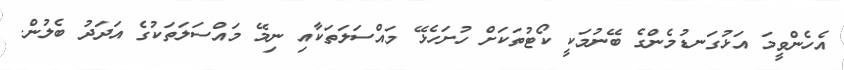
އެހެންވީމަ އަޅުގަނޑުމެންގެ ބޭނުމަކީ ކޯޓުތަކަށް ހުށަހެޅޭ މައްސަލަތަކާއި ނިމޭ މައްސަލަތަކުގެ އަދަދު ބެލުން.